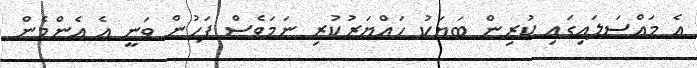
އެ މައްސަލައިގައި ކުރިން ބަޔަކު ހައްޔަރުކުރި ނަމަވެސް ފަހުން ވަނީ އެ އެންމެން